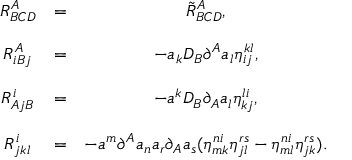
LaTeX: \begin{array} { c c c } { { R _ { B C D } ^ { A } } } & { { = } } & { { \tilde { R } _ { B C D } ^ { A } , } } \\ { { } } & { { } } & { { } } \\ { { R _ { i B j } ^ { A } } } & { { = } } & { { - a _ { k } D _ { B } \partial ^ { A } a _ { l } \eta _ { i j } ^ { k l } , } } \\ { { } } & { { } } & { { } } \\ { { R _ { A j B } ^ { i } } } & { { = } } & { { - a ^ { k } D _ { B } \partial _ { A } a _ { l } \eta _ { k j } ^ { l i } , } } \\ { { } } & { { } } & { { } } \\ { { R _ { j k l } ^ { i } } } & { { = } } & { { - a ^ { m } \partial ^ { A } a _ { n } a _ { r } \partial _ { A } a _ { s } ( \eta _ { m k } ^ { n i } \eta _ { j l } ^ { r s } - \eta _ { m l } ^ { n i } \eta _ { j k } ^ { r s } ) . } } \end{array}